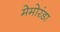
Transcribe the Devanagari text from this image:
मेमोरंडा